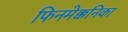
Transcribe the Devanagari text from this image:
फिनमेक्कनिका